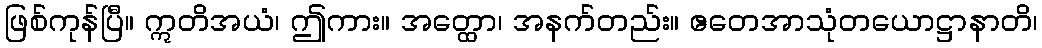
ဖြစ်ကုန်ပြီ။ ဣတိအယံ၊ ဤကား။ အတ္ထော၊ အနက်တည်း။ ဧတေအာသုံတယောဋ္ဌာနာတိ၊